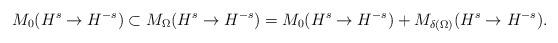
LaTeX: \begin{align*} M_0(H^s\to H^{-s}) \subset M_\Omega(H^s\to H^{-s}) = M_0(H^s\to H^{-s}) + M_{\delta(\Omega)}(H^s \to H^{-s}).\end{align*}